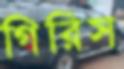
গিরিস